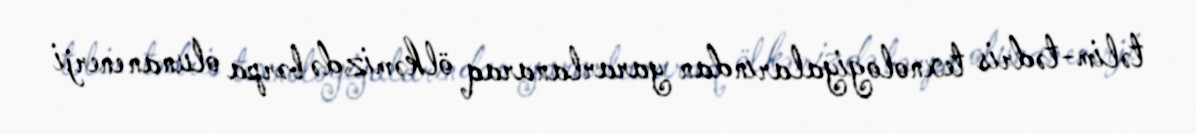
təlim-tədris texnologiyalarından yararlanaraq ölkəmizdə bərpa olunan enerji